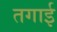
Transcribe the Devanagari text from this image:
तगाई